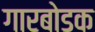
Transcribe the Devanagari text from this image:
गारबोडक